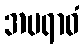
အပရာဓံ